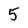
Character: 5